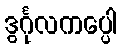
ဒွင်္ဂုလကပ္ပေါ